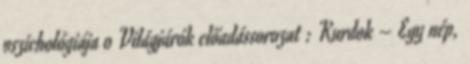
pszichológiája 0 Világjárók előadássorozat : Kurdok – Egy nép,